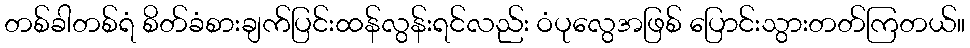
တစ်ခါတစ်ရံ စိတ်ခံစားချက်ပြင်းထန်လွန်းရင်လည်း ဝံပုလွေအဖြစ် ပြောင်းသွားတတ်ကြတယ်။